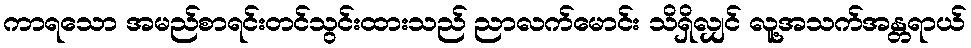
ကာရသော အမည်စာရင်းတင်သွင်းထားသည် ညာလက်မောင်း သိရှိလျှင် လူ့အသက်အန္တရာယ်